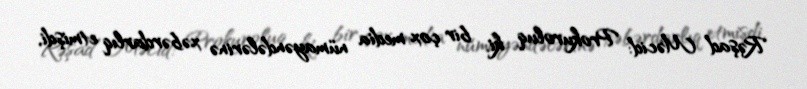
Rəşad Məcid: Prokuroluq ki, bir çox media nümayəndələrinə xəbərdarlıq etmişdi,